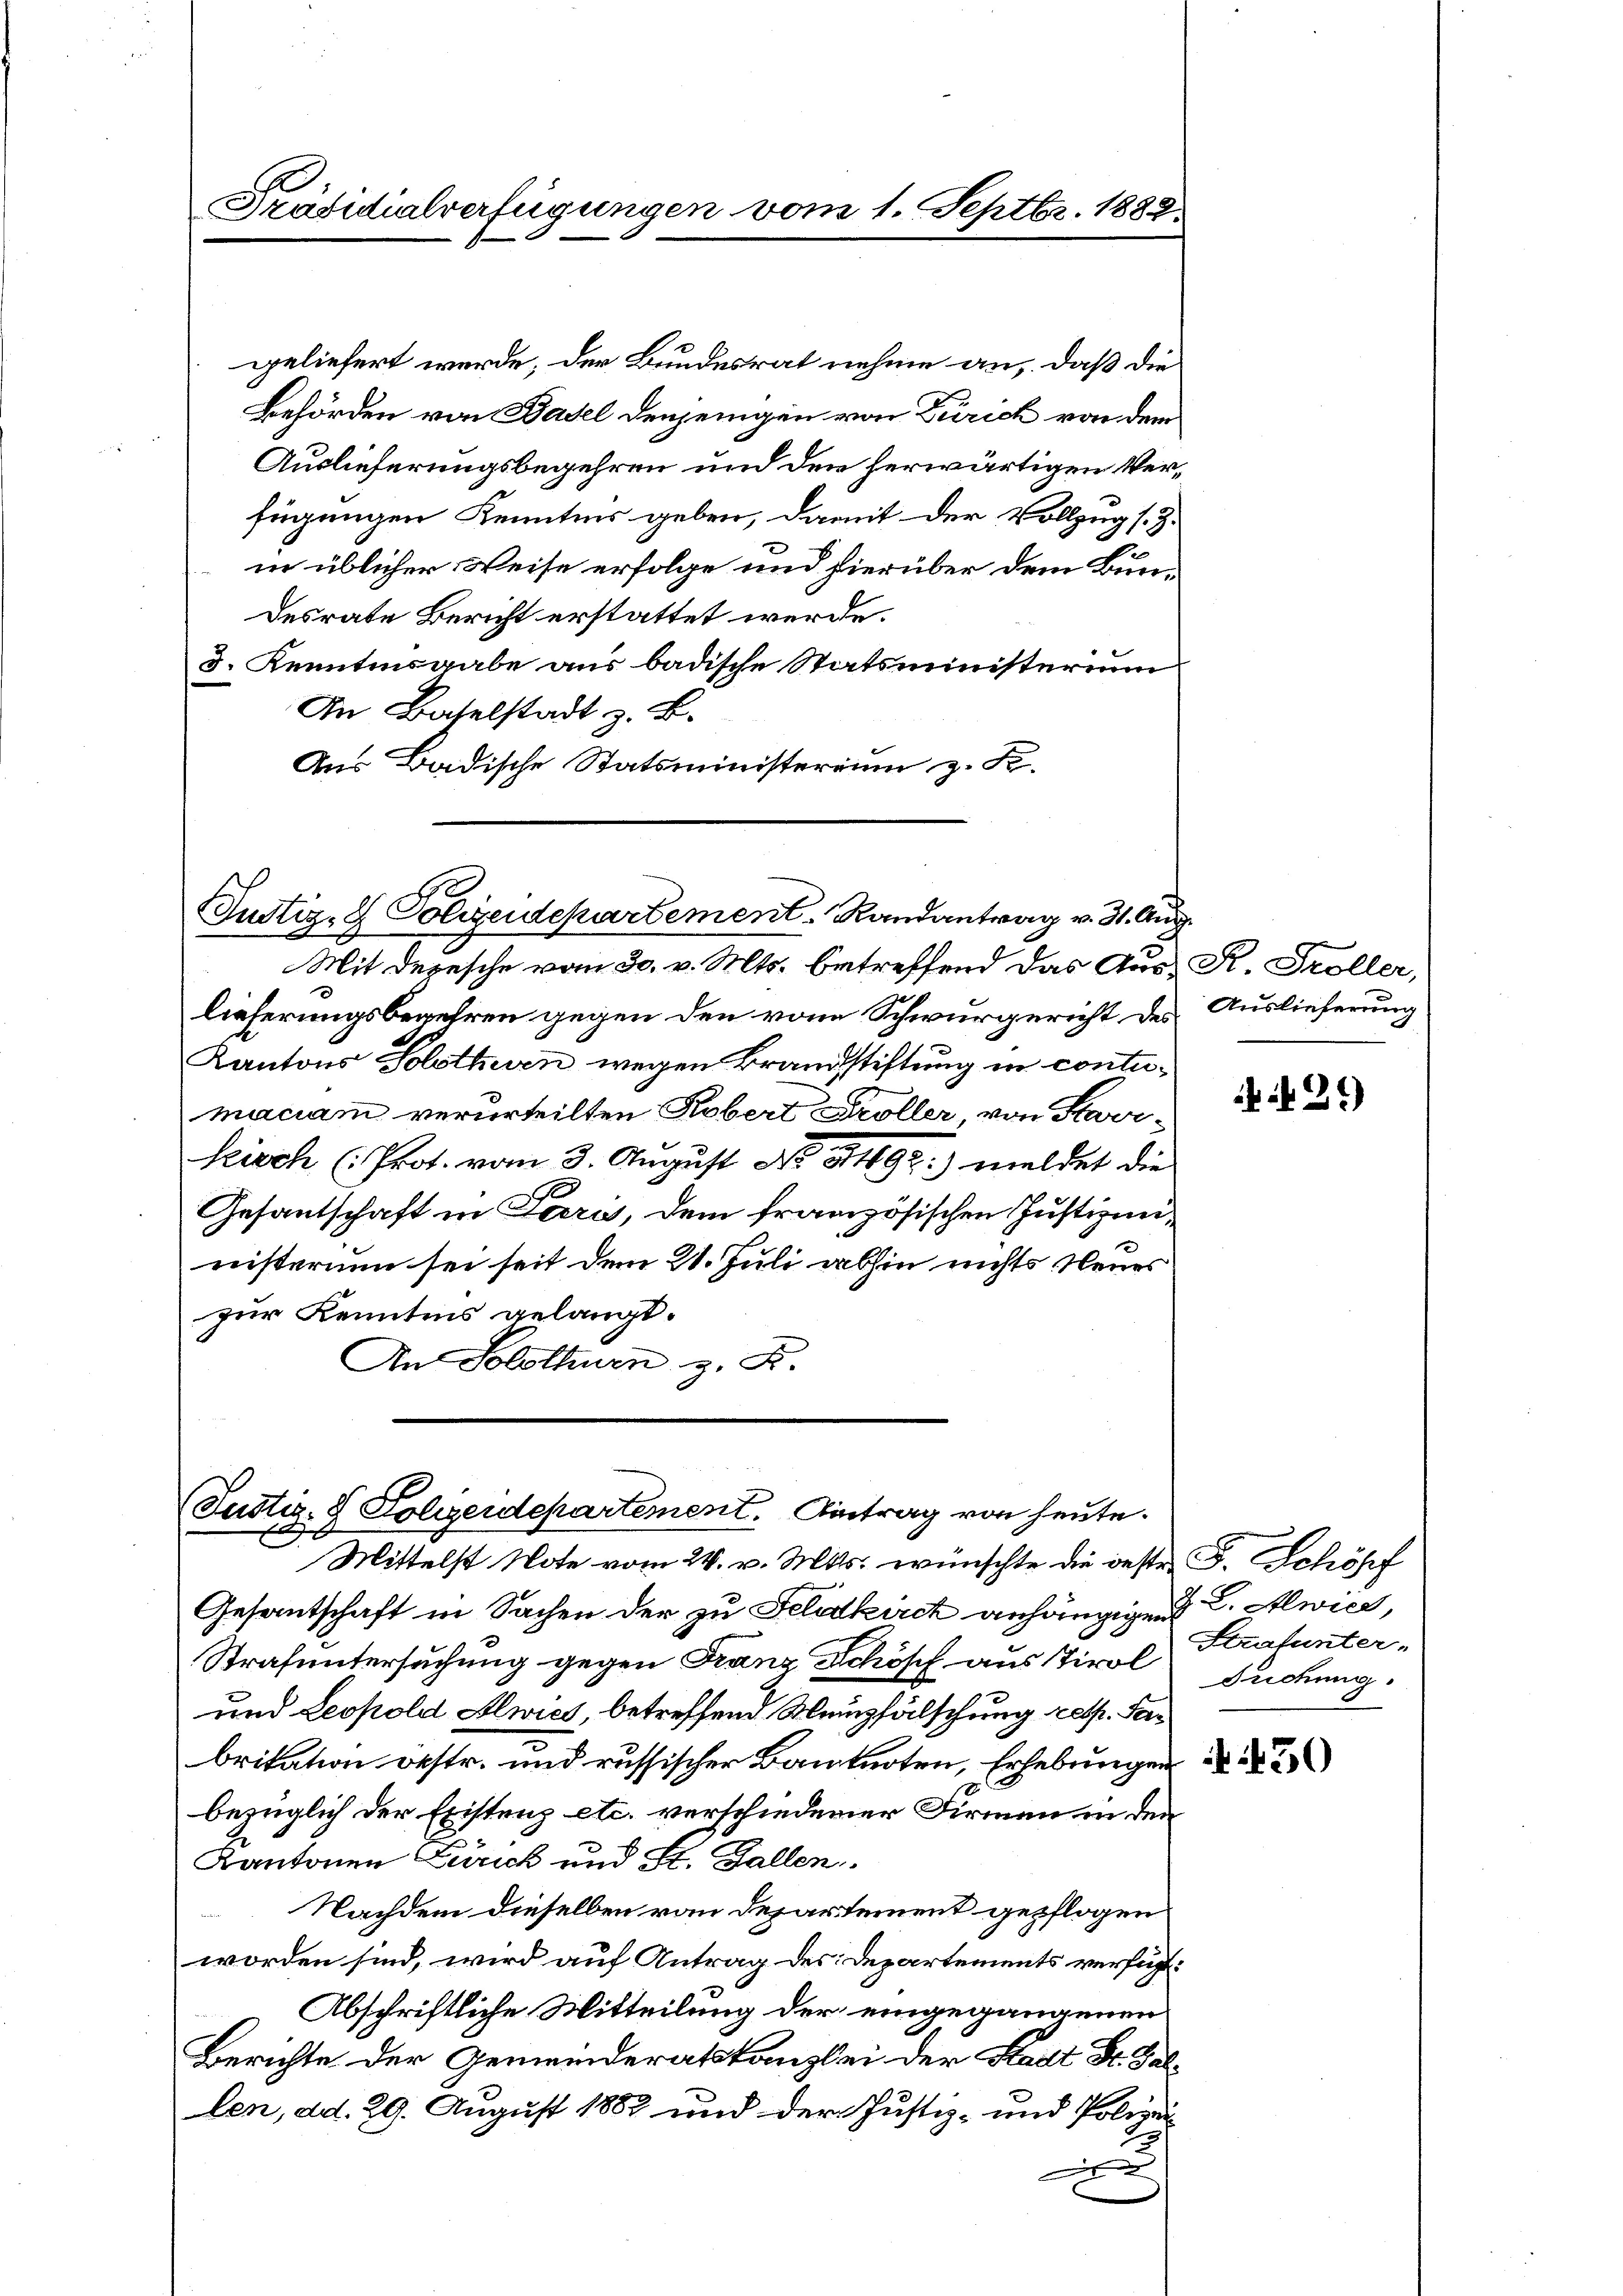
Präsidialverfügungen vom 1. Septbr. 1882.

geliefert wurde; der Bundesrat nehme an, daß die
Behörden von Basel denjenigen von Zürich von dem
Auslieferungsbegehren und den herwärtigen Verfügungen Kenntnis geben, damit der Vollzug s. Z.
in üblicher Weise erfolge und hierüber dem Bundesrate Bericht erstattet werde.
3. Kenntnisgabe aus badische Statsministerium
An Baselstadt z. B.
Aus Badische Statsministerium z. K.

Justiz- & Polizeidepartement. Randantrag v. 31. Aug.

Justiz- & Polizeidepartement. Eintrag von heute.
e
x
Mittelst Note vom 24. v. Mts. wünschte die oeste F. Schöpf

Mit Depesche vom 30. v. Mts. betreffend das Aus- R. Troller,
lieferungsbegehren gegen den von Schwurgericht des Auslieferung
Kantons Solothurn wegen Brandstiftung in contumaciam verurteilten Kobert Kröller, von Staarseisch (Prot. vom 3. August No. 3492) meldet die
Gesandschaft in Paris, dem französischen Justizministerium sei seit dem 21. Juli abhin nichts Neues
zur Kenntnis gelangt.
An Solothurn z. R.

Gesantschaft in Sachen der zu Feldkirch anhängigen 2. Alwies,
Strafuntersuchung gegen Franz Schösch aus Tirol suchung
und Leopold Alwies, betreffend Münzfälschung resp. Fabritation bestr. und russischer Banknoten, Erhebungen
bezüglich der Existenz etc. verschiedener Firmen in den
Kantonen Zürich und St. Gallen.
Nachdem dieselben von Departement gepflogen
worden sind, wird auf Antrag des Departements verfügt:
Abschriftliche Mitteilung der eingegangenen
Berichte der Gemeinderatskanzlei der Stadt Dr. Gallen, ad. 29. August 1887 und der Justiz- und Polizei¬
F

Strafunter-

429)